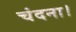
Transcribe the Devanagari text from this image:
चंदना।